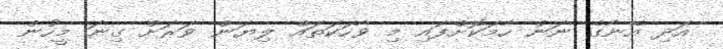
އަދި އޭނާގެ ނަން ހާމަކޮށްފައި މި ވާހަކަތައް ލިޔަން ވަރަށް ގިނަ މީހުން